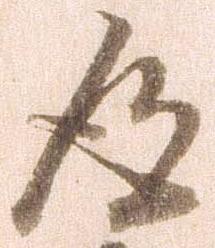
得